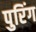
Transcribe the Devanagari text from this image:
पुरिंग